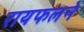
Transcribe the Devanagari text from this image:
रायफलने